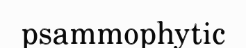
psammophytic